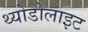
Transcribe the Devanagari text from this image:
थ्योडोलाइट